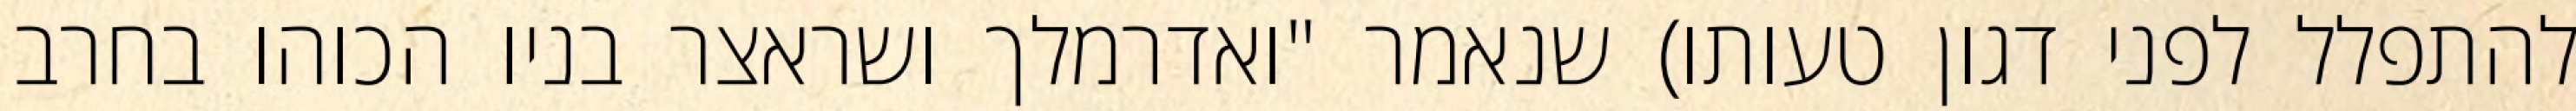
להתפלל לפני דגון טעותו) שנאמר "ואדרמלך ושראצר בניו הכוהו בחרב